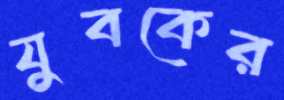
যুবকের